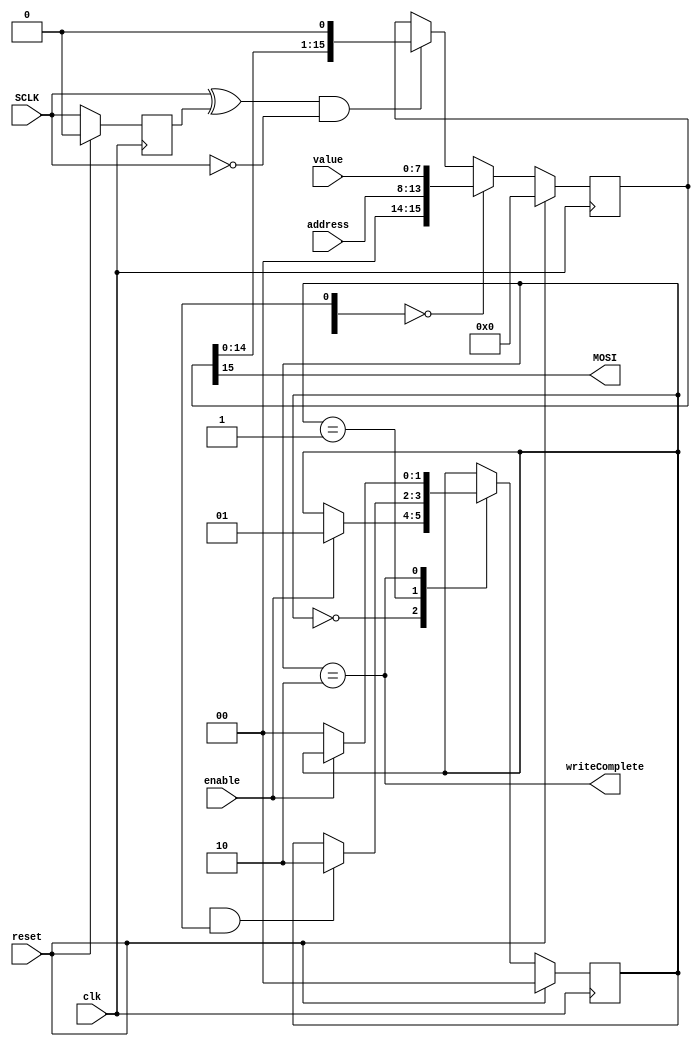
module SPIRegWrite(	input clk,
							input reset,
							input enable,
							input [5:0] address,
							input [7:0] value,
							output writeComplete,
							
							output MOSI,
							input SCLK
							);
		
		localparam IDLE = 2'd0, TX = 2'd1, FINISHED = 2'd2;
		reg [1:0] state, stateNext;
		
		reg [15:0] data, dataNext;
		reg [4:0] tCount, tCountNext;	//count the number of bit transfers
		
		reg oldsclk;
		wire fallingEdge;
		assign fallingEdge = (SCLK ^ oldsclk) & !SCLK;
		
		always @(posedge clk) begin
			data <= reset ? 16'd0 : dataNext;
			state <= reset ? 2'd0 : stateNext;
			oldsclk <= reset ? 1'b0 : SCLK;
		end
		
		always @(*) begin
			stateNext = state;
			case(state)
				IDLE: begin
					if(enable) stateNext = TX;
				end
				TX: begin
					if(tCount[4] & tCount[0]) stateNext = FINISHED;
				end
				FINISHED: begin
					if(!enable) stateNext = IDLE;
				end
			endcase
		end
		
		always @(*) begin
			dataNext = tCount == 5'd0 ? {2'b00, address, value} : 
							fallingEdge ? data << 1 : 
												data;
		end
		
		assign MOSI = data[15];
		assign writeComplete = state == FINISHED;

endmodule